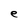
Character: e